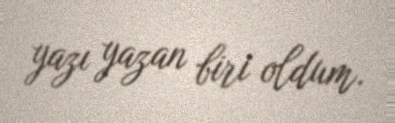
yazı yazan biri oldum.